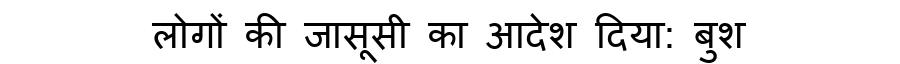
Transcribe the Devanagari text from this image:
लोगों की जासूसी का आदेश दिया: बुश